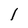
Character: I